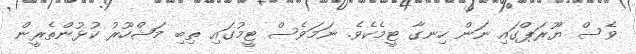
ވެސް ޔޫރަޕްގައި ނަން ހިނގާ ޓީމެކެވެ. ނަމަވެސް ޓީމުގައި ތިބި މަޝްހޫރު ކުޅުންތެރީން